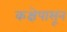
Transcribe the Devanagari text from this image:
कक्षेपासून